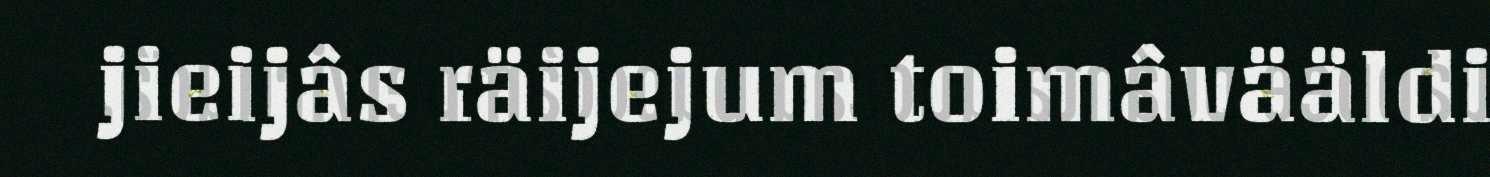
jieijâs räijejum toimâvääldi